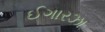
ઈગારઝા